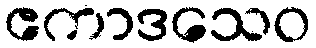
ဧကာဒသေဝ